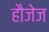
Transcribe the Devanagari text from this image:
हौजेज